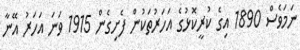
ނަމަވެސް 1890 އިގެ ކުރީކޮޅުގެ އަހަރުތަކުން ފެށިގެން 1915 ވަނަ އަހަރު އޭނާ